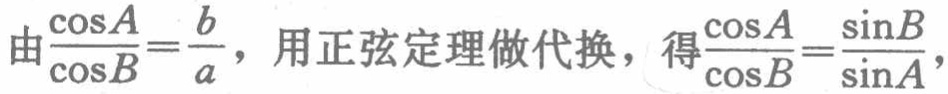
由$\frac{\cos A}{\cos B}=\frac{b}{a}$，用正弦定理做代换，得$\frac{\cos A}{\cos B}=\frac{\sin B}{\sin A}$，